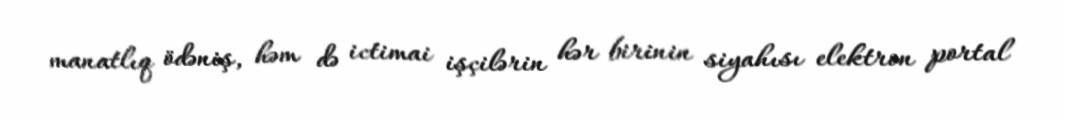
manatlıq ödəniş, həm də ictimai işçilərin hər birinin siyahısı elektron portal